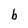
Character: b